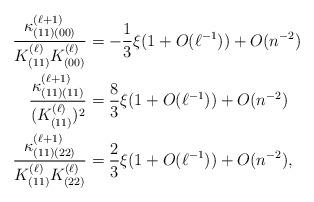
LaTeX: \begin{align*} \frac{\kappa_{(11)(00)}^{(\ell+1)}}{K_{(11)}^{(\ell)}K_{(00)}^{(\ell)}} &=-\frac{1}{3}\xi (1+O(\ell^{-1}))+O(n^{-2})\\ \frac{\kappa_{(11)(11)}^{(\ell+1)}}{(K_{(11)}^{(\ell)})^2} & = \frac{8}{3}\xi(1+O(\ell^{-1})) +O(n^{-2})\\ \frac{\kappa_{(11)(22)}^{(\ell+1)}}{K_{(11)}^{(\ell)}K_{(22)}^{(\ell)}}&=\frac{2}{3}\xi(1+O(\ell^{-1}))+O(n^{-2}) ,\end{align*}